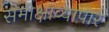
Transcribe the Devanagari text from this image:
समीक्षाव्यापार